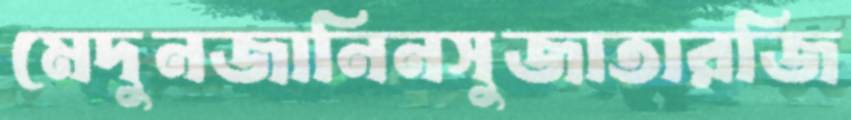
মেদুনজানিনসুজাতারজি